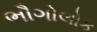
ભૌગોલોક